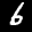
Label: 6